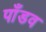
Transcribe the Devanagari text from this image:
पाँडव